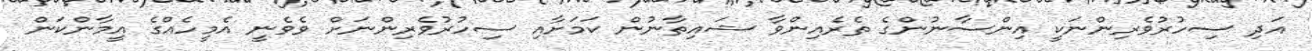
އަދި ސިހުރުވެރިންނަކީ އިންސާނުންގެ ތެރެއިންވާ ޝައިތާނުން ކަމަށާއި ސިހުރުވެރިންނަށް ވެވެނީ އެމީހެއްގެ އީމާންކަން